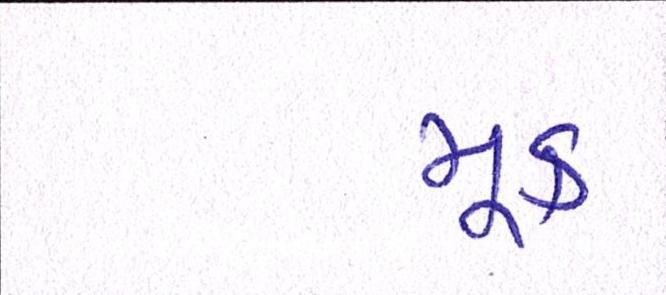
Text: મૂક